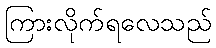
ကြားလိုက်ရလေသည်